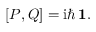
[ P , Q ] = \mathrm { i } \hbar \, { \bf 1 } .